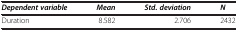
<table><thead><tr><td><b><i>Dependent variable</i></b></td><td><b><i>Mean</i></b></td><td><b><i>Std. deviation</i></b></td><td><b><i>N</i></b></td></tr></thead><tbody><tr><td>Duration</td><td>8.582</td><td>2.706</td><td>2432</td></tr></tbody></table>